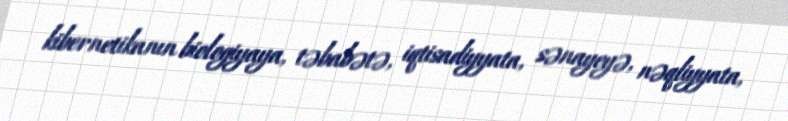
kibernetikanın biologiyaya, təbabətə, iqtisadiyyata, sənayeyə, nəqliyyata,